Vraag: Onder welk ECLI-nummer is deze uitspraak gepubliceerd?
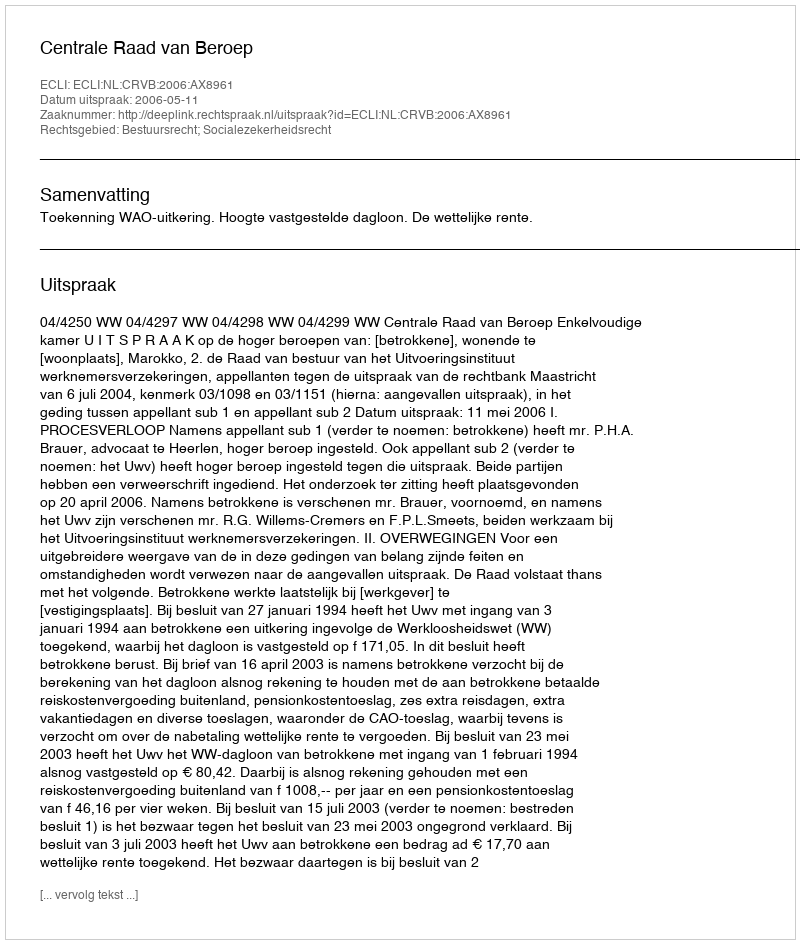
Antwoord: ECLI:NL:CRVB:2006:AX8961